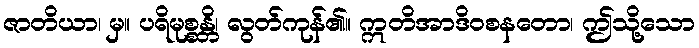
ဇာတိယာ၊ မှ။ ပရိမုစ္စန္တိ၊ လွတ်ကုန်၏။ ဣတိအာဒိဝစနတော၊ ဤသို့သော